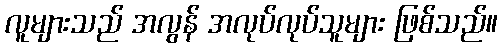
လူများသည် အလွန် အလုပ်လုပ်သူများ ဖြစ်သည်။